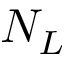
N _ { L }